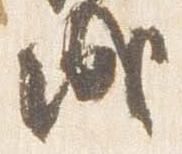
盛